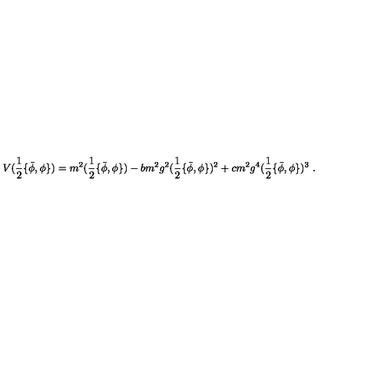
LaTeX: V ( \frac 1 2 \{ \bar { \phi } , \phi \} ) = m ^ { 2 } ( \frac 1 2 \{ \bar { \phi } , \phi \} ) - b m ^ { 2 } g ^ { 2 } ( \frac 1 2 \{ \bar { \phi } , \phi \} ) ^ { 2 } + c m ^ { 2 } g ^ { 4 } ( \frac 1 2 \{ \bar { \phi } , \phi \} ) ^ { 3 } \ .